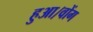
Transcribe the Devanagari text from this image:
हुआ।वोंग